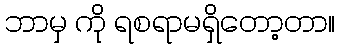
ဘာမှ ကို ရစရာမရှိတော့တာ။